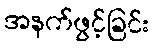
အနက်ဖွင့်ခြင်း